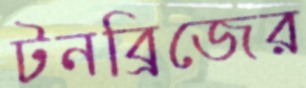
টনব্রিজের